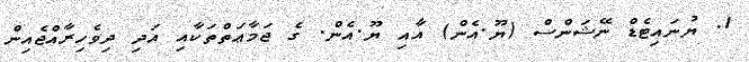
1. ޔުނައިޓެޑް ނޭޝަންސް (ޔޫ.އެން) އާއި ޔޫ.އެން. ގެ ޖަމާޢަތްތަކާއި އަދި ދިވެހިރާއްޖެއިން